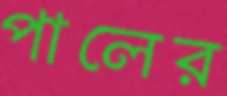
পালের